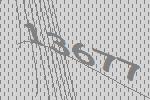
13677